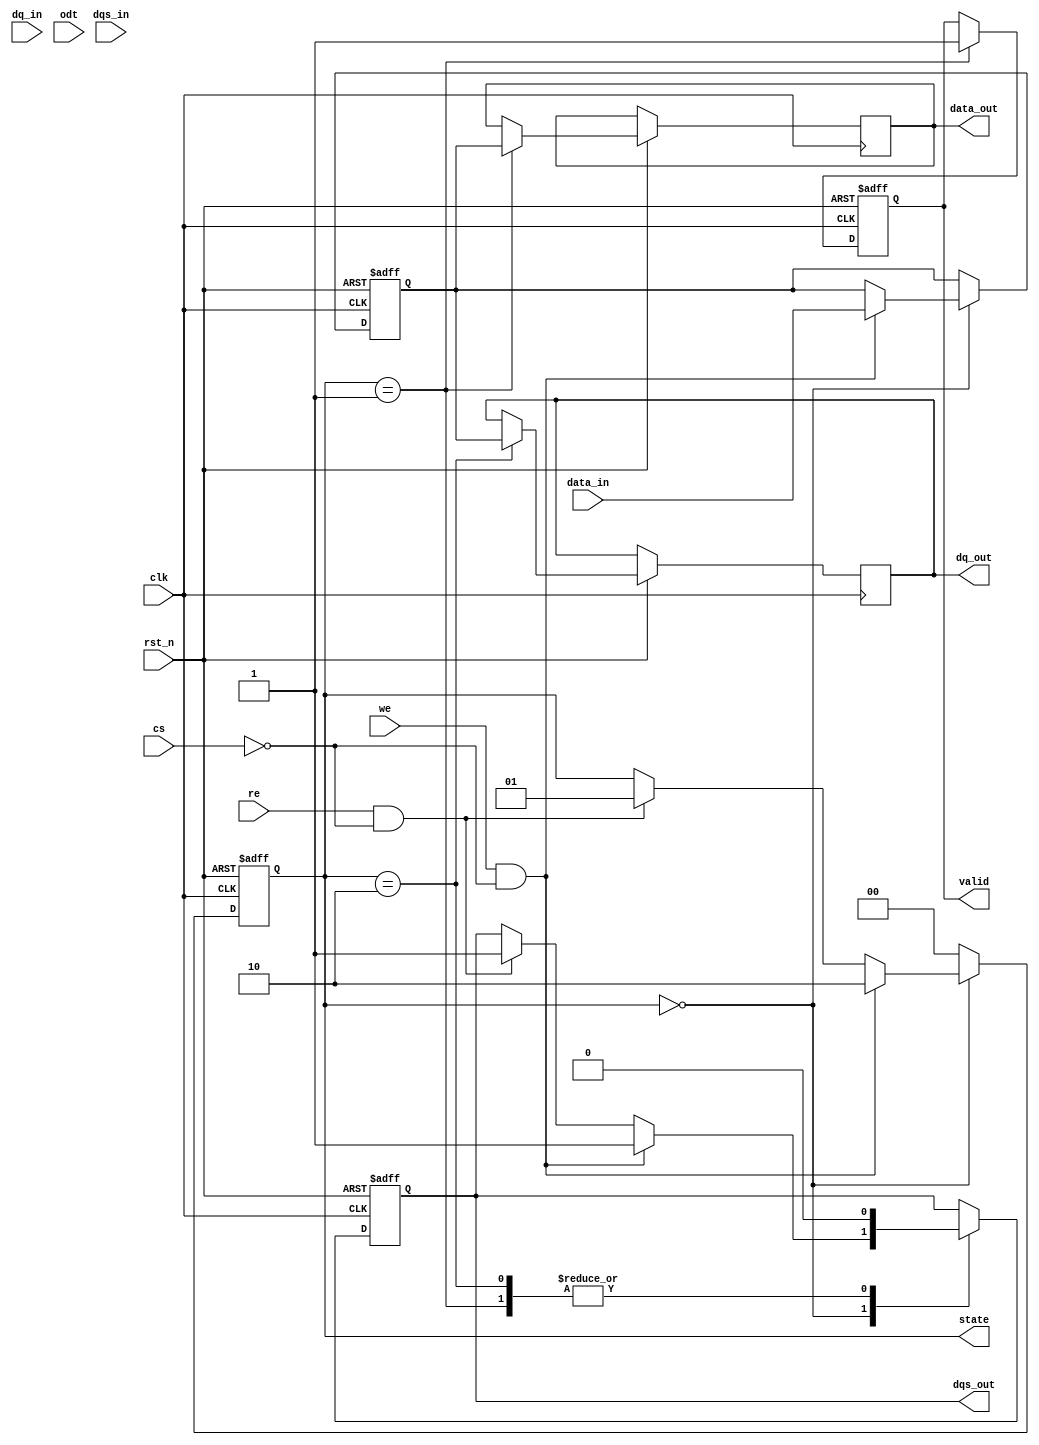
module ddr3_io_block (
    input wire clk,                // System clock
    input wire rst_n,              // Active low reset
    input wire [15:0] dq_in,       // Data input lines (DQ)
    output wire [15:0] dq_out,      // Data output lines (DQ)
    input wire dqs_in,             // Data Strobe input (DQS)
    output wire dqs_out,           // Data Strobe output (/DQS)
    input wire we,                 // Write Enable
    input wire re,                 // Read Enable
    input wire cs,                 // Chip Select
    input wire odt,                // On-Die Termination
    output reg [15:0] data_out,    // Data output to memory controller
    input wire [15:0] data_in,     // Data input from memory controller
    output reg valid,              // Valid data signal
    output reg [1:0] state         // State machine state
);

// State definitions
localparam IDLE    = 2'b00;
localparam READ    = 2'b01;
localparam WRITE   = 2'b10;

// Internal signals
reg [15:0] dq_reg;               // Register for DQ lines
reg dqs_reg;                     // Register for DQS signal

// On-Die Termination control
always @(posedge clk or negedge rst_n) begin
    if (!rst_n) begin
        // Reset logic
        dq_reg <= 16'b0;
        dqs_reg <= 1'b0;
        valid <= 1'b0;
        state <= IDLE;
    end else begin
        case (state)
            IDLE: begin
                if (we && !cs) begin
                    // Write operation
                    dq_reg <= data_in; // Capture data to write
                    dqs_reg <= 1'b1;    // Assert DQS
                    state <= WRITE;
                end else if (re && !cs) begin
                    // Read operation
                    dqs_reg <= 1'b1;    // Assert DQS
                    state <= READ;
                end
            end
            
            READ: begin
                // Read operation
                data_out <= dq_reg;   // Output data to memory controller
                valid <= 1'b1;        // Indicate valid data
                dqs_reg <= 1'b0;      // Deassert DQS
                state <= IDLE;        // Go back to IDLE
            end
            
            WRITE: begin
                // Write operation
                dq_out <= dq_reg;     // Drive data onto DQ lines
                dqs_reg <= 1'b0;      // Deassert DQS
                state <= IDLE;        // Go back to IDLE
            end
            
            default: state <= IDLE; // Default case
        endcase
    end
end

// Assigning DQS output
assign dqs_out = dqs_reg;

// On-Die Termination control logic (simplified)
always @(posedge clk) begin
    if (odt) begin
        // Enable termination
    end else begin
        // Disable termination
    end
end

endmodule